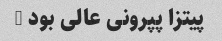
پیتزا پپرونی عالی بود …